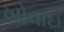
ખોવાઇ